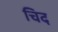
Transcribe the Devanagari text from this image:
चिद